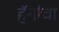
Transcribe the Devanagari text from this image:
हॅनोचा